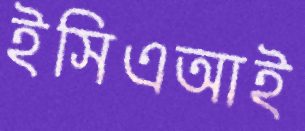
ইসিএআই